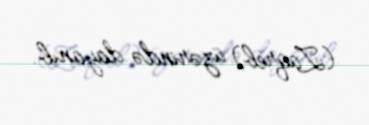
(Zaqreb) üzərində dayanıb.